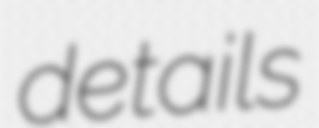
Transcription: details